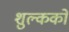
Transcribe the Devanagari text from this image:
शुल्कको